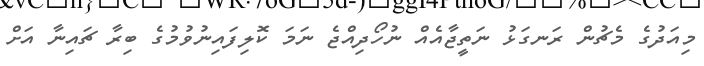
މިއަދުގެ މެޗުން ރަނގަޅު ނަތީޖާއެއް ނުހޯދިއްޖެ ނަމަ ކޮލިފައިނުވުމުގެ ބިރާ ޗައިނާ އަށް